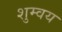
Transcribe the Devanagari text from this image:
शुम्वय